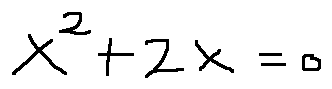
x ^ { 2 } + 2 x = 0